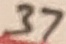
Text: 37